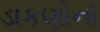
ડાકણોનો